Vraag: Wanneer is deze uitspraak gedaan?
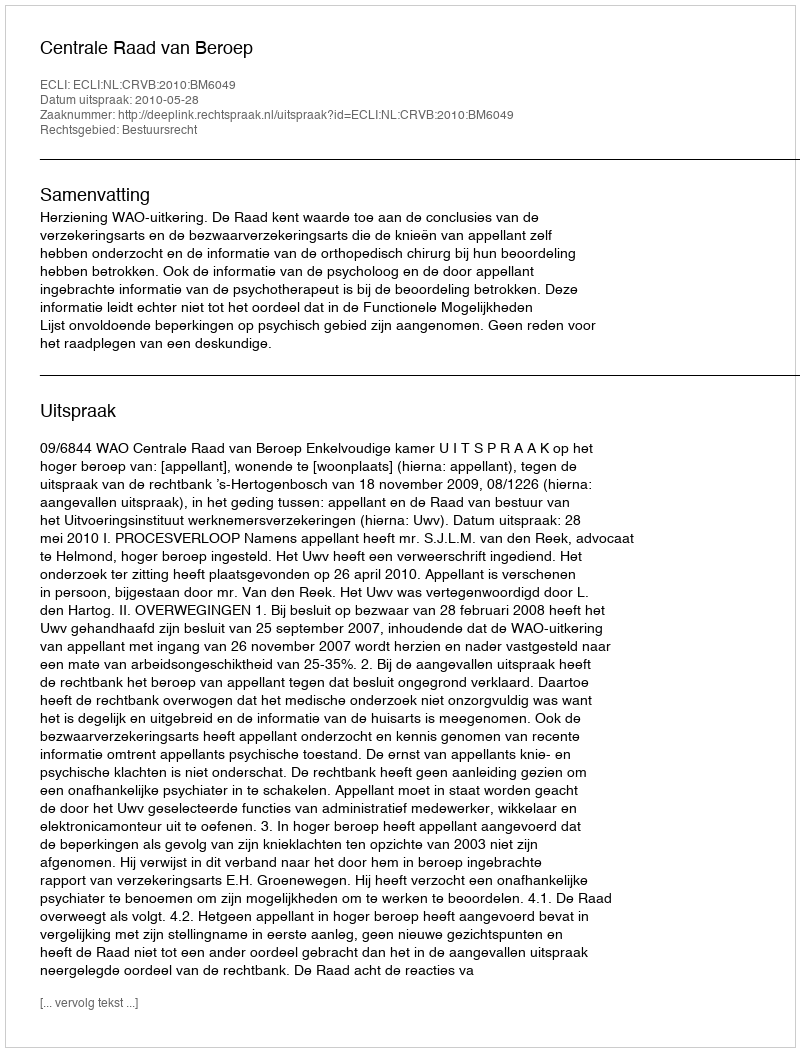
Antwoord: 2010-05-28